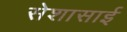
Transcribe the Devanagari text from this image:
सेशासाई